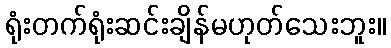
ရုံးတက်ရုံးဆင်းချိန်မဟုတ်သေးဘူး။